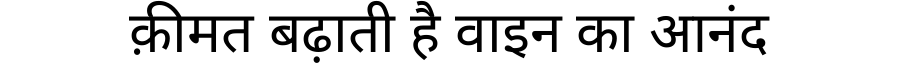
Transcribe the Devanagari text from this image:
क़ीमत बढ़ाती है वाइन का आनंद